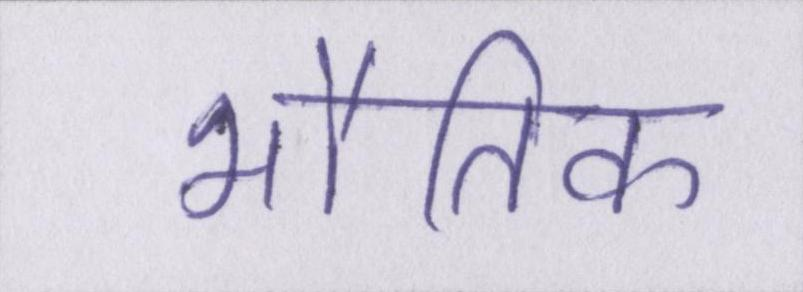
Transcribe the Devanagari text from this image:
भौतिक